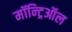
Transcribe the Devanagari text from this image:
मॉन्ट्रिऑल